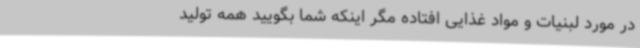
در مورد لبنیات و مواد غذایی افتاده مگر اینکه شما بگویید همه تولید